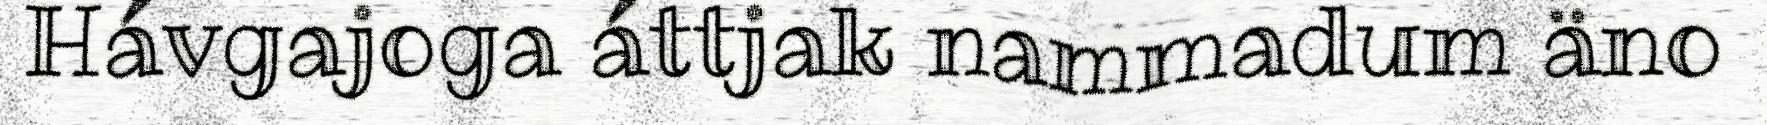
Hávgajoga áttjak nammadum äno